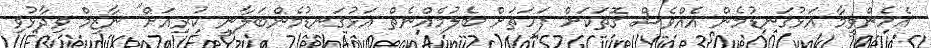
އެހެންވީމާ އަޅުގަނޑުމެން އެއްވެސް ގޮތަކަށް ފަހަތަށް ބެލުމެއްނެތް އަޅުގަނޑުމެންބަލާނީ ކުރިއަށް" ނާޒިމް ވިދާޅުވި